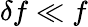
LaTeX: \delta f\ll f